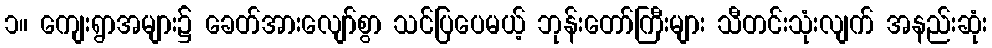
၁။ ကျေးရွာအများ၌ ခေတ်အားလျော်စွာ သင်ပြပေမယ့် ဘုန်းတော်ကြီးများ သီတင်းသုံးလျက် အနည်းဆုံး